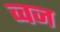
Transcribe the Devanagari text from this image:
व्वज